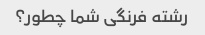
رشته فرنگی شما چطور؟